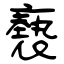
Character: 褻